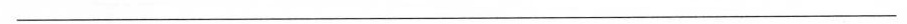
___